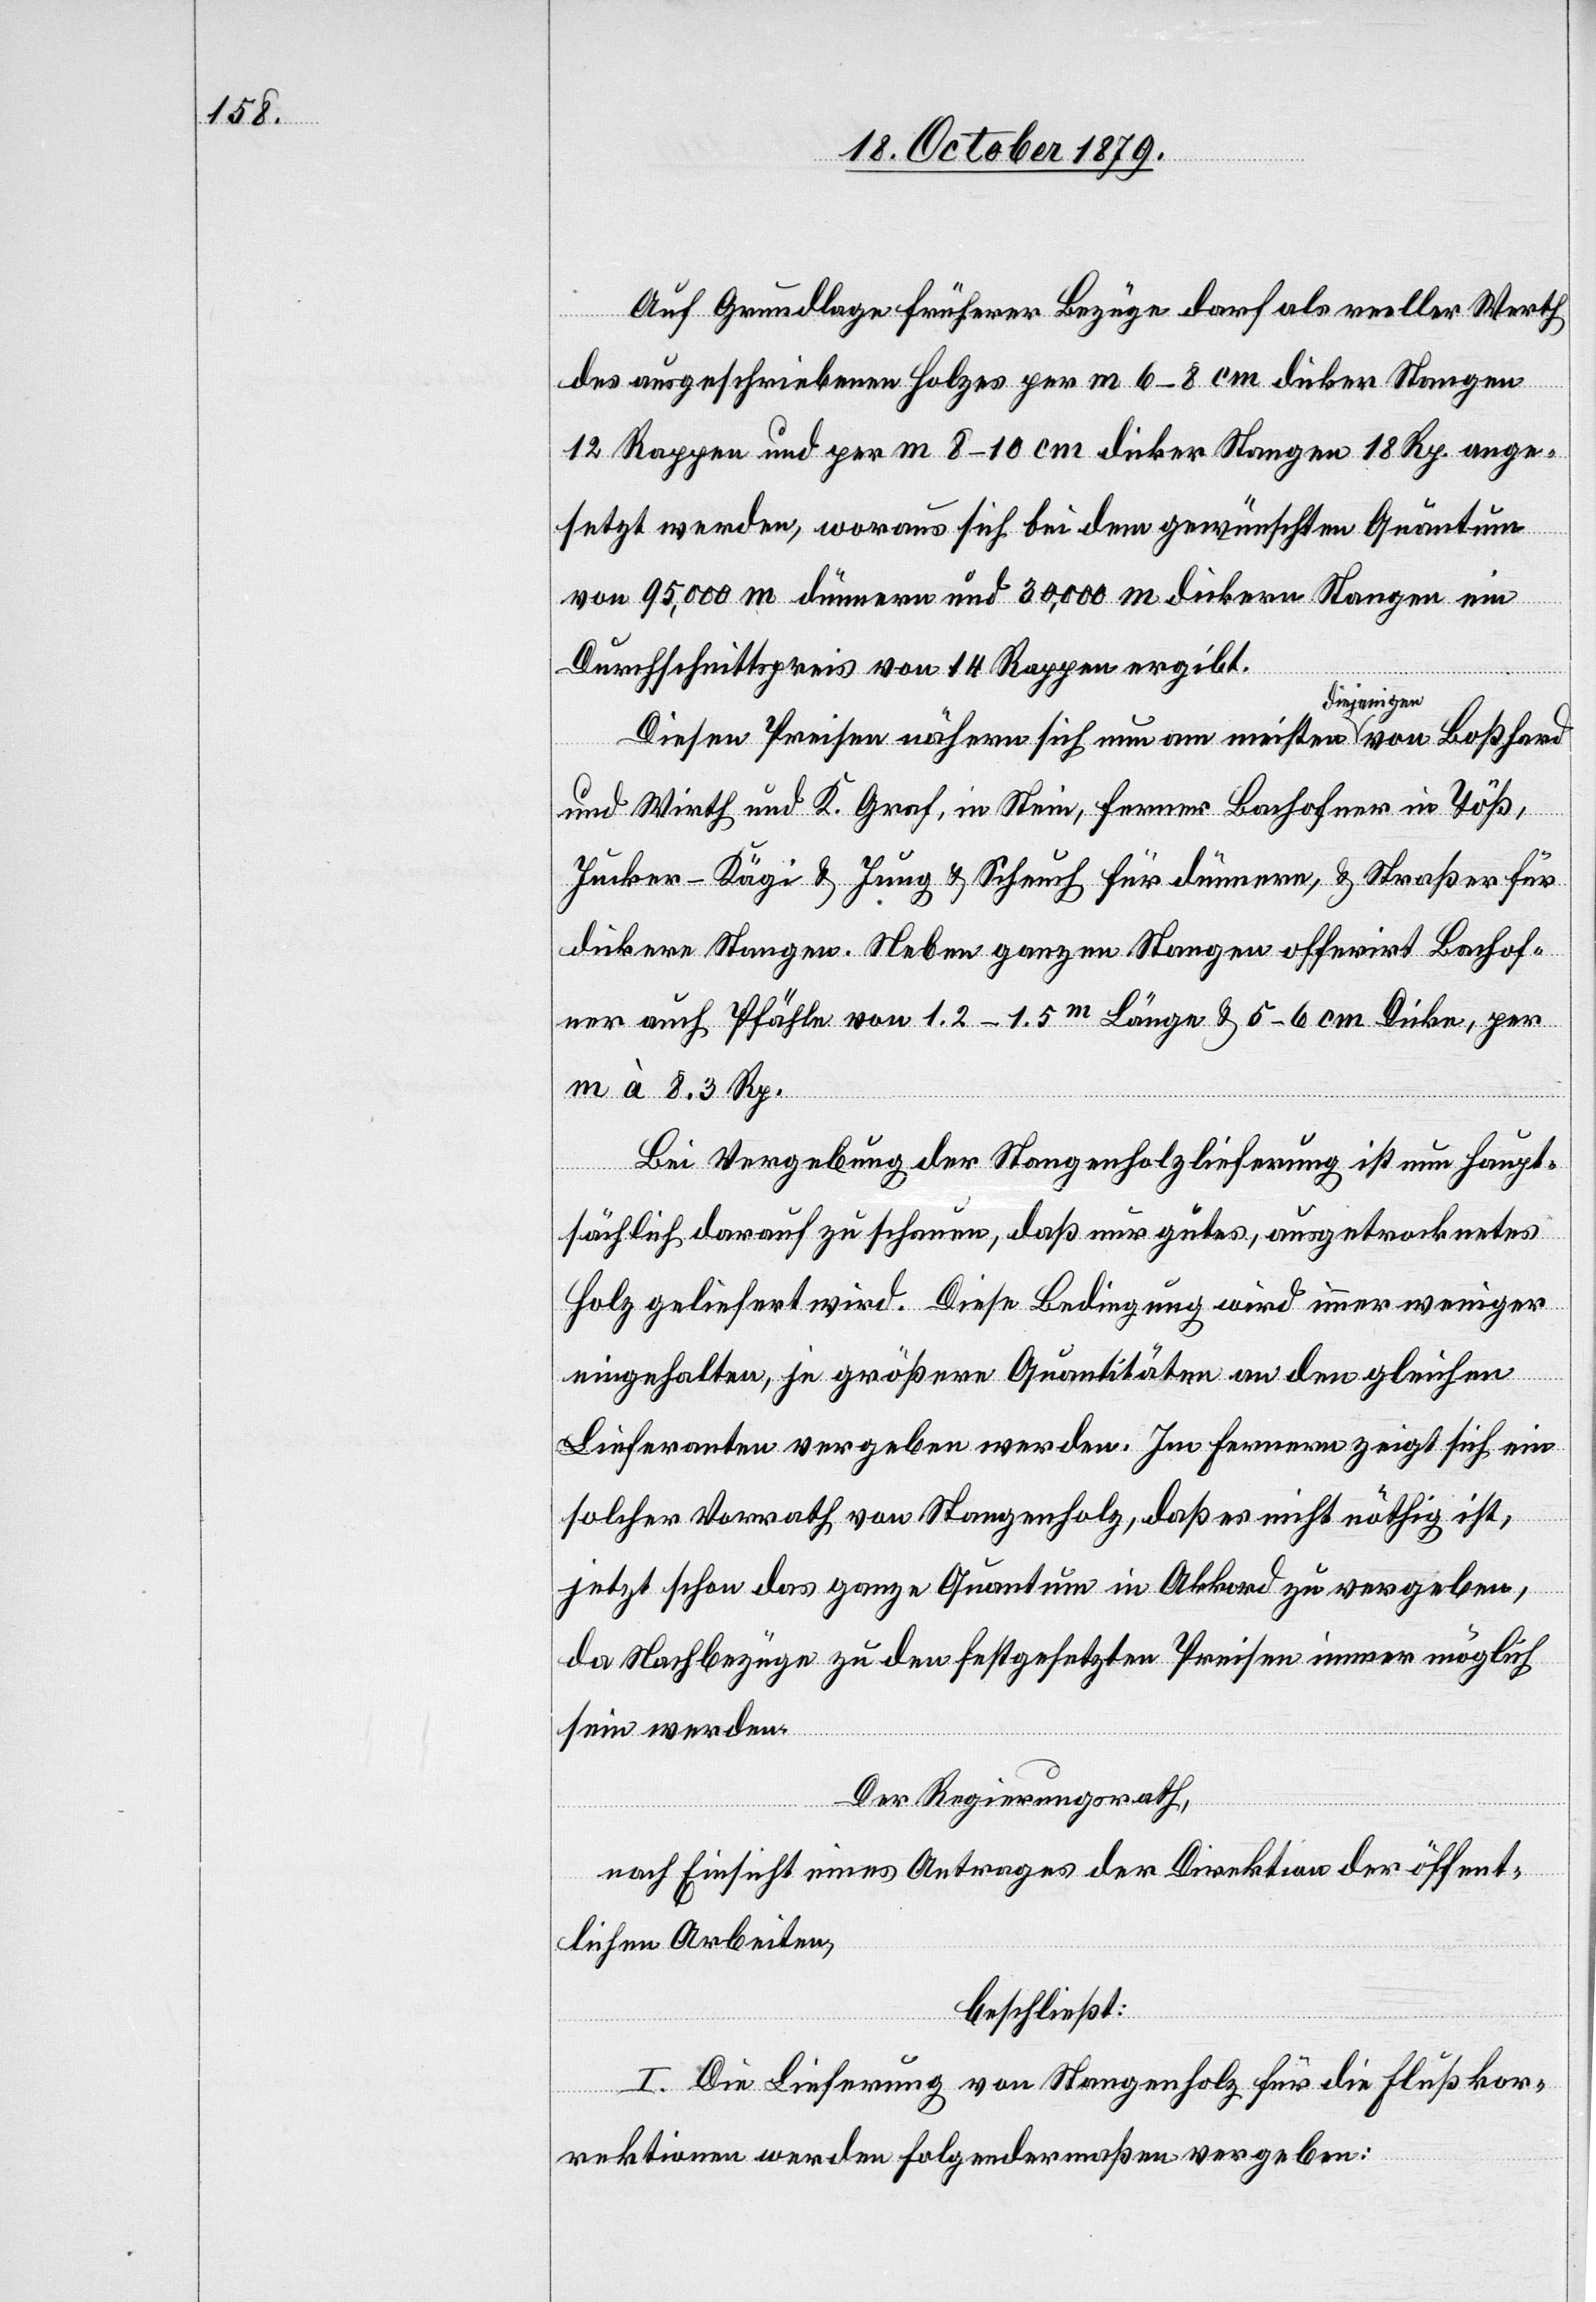
Auf Grundlage früherer Bezüge darf als realler Werth
des ausgeschriebenen Holzes per m 6–8 cm dicker Stangen
12 Rappen und per 8–10 cm dicker Stangen 18 Rp. ange¬
setzt werden, woraus sich bei dem gewünschten Quantum
von 95,000 m dünnere und 30,000 m dickere Stangen ein
Durchschnittspreis von 14 Rappen ergibt.
Diesen Preisen nähern sich nun am meisten diejenigen von Boßhard
und Wirth und R. Graf, in Stein, ferner Bachofner in Töß,
Jucker-Kägi & Jung & Scheuch für dünnere, & Straßer für
dickere Stangen. Neben ganzen Stangen offerirt Bachof¬
ner auch Pfähle von 1.2–1.5m Länge & 5–6 cm Dicke, per
m à 8.3 Rp.
Bei Vergebung der Stangenholzlieferung ist nun haupt¬
sächlich darauf zu schauen, daß nur gutes, ausgetrocknetes
Holz geliefert wird. Diese Bedingung wird immer weniger
eingehalten, je größere Quantitäten an den gleichen
Lieferanten vergeben werden. Im fernern zeigt sich ein
solcher Vorrath von Stangenholz, daß es nicht nöthig ist,
jetzt schon das ganze Quantum in Akkord zu vergeben,
da Nachbezüge zu den festgesetzten Preisen immer möglich
sein werden.
Der Regierungsrath,
nach Einsicht eines Antrages der Direktion der öffent¬
lichen Arbeiten,
beschließt:
I. Die Lieferung von Stangenholz für die Flußkor¬
rektionen werden folgendermaßen vergeben: